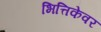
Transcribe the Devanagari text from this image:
भित्तिकेवर